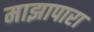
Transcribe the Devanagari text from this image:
माझापारा